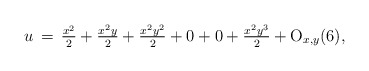
\begin{align*}u\,=\,\tfrac{x^2}{2}+\tfrac{x^2y}{2}+\tfrac{x^2y^2}{2}+0+0+\tfrac{x^2y^3}{2}+{\rm O}_{x,y}(6),\end{align*}